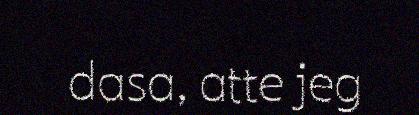
dasa, atte jeg